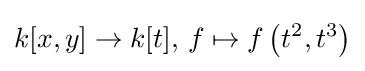
k[x,y]\to k[t],\,f\mapsto f\left(t^{2},t^{3}\right)